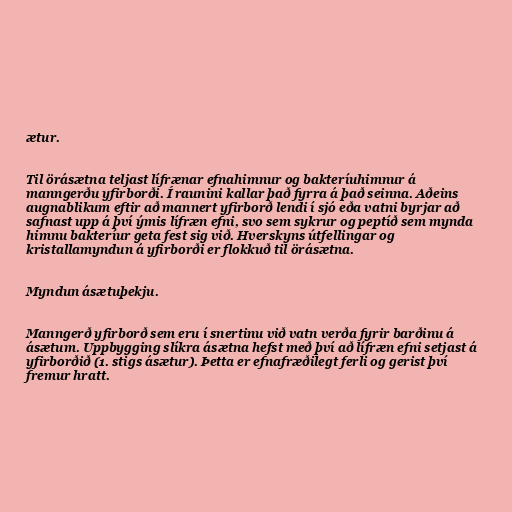
ætur.

Til örásætna teljast lífrænar efnahimnur og bakteríuhimnur á
manngerðu yfirborði. Í raunini kallar það fyrra á það seinna. Aðeins
augnablikum eftir að mannert yfirborð lendi í sjó eða vatni byrjar að
safnast upp á því ýmis lífræn efni, svo sem sykrur og peptíð sem mynda
himnu bakteríur geta fest sig við. Hverskyns útfellingar og
kristallamyndun á yfirborði er flokkuð til örásætna.

Myndun ásætuþekju.

Manngerð yfirborð sem eru í snertinu við vatn verða fyrir barðinu á
ásætum. Uppbygging slíkra ásætna hefst með því að lífræn efni setjast á
yfirborðið (1. stigs ásætur). Þetta er efnafræðilegt ferli og gerist því
fremur hratt.